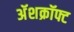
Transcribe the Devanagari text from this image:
अॅशक्रॉफ्ट